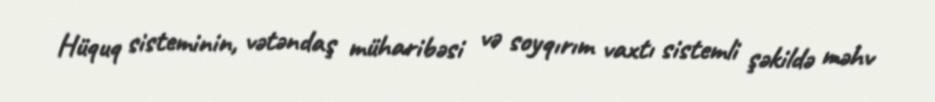
Hüquq sisteminin, vətəndaş müharibəsi və soyqırım vaxtı sistemli şəkildə məhv